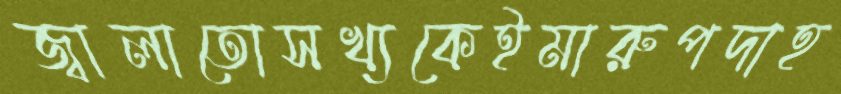
জ্বালাতোসখ্যকেইমারুপদাহ